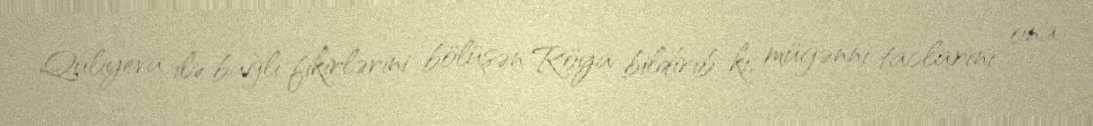
Quliyeva ilə bağlı fikirlərini bölüşən Röya bildirib ki, müğənni taclarını ona